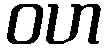
ဝဟ